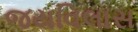
જયવિલાસ